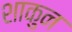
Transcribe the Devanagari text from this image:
शाकुन